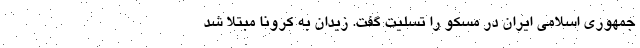
جمهوری اسلامی ایران در مسکو را تسلیت گفت. زیدان به کرونا مبتلا شد